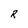
Character: R